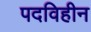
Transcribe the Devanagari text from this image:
पदविहीन